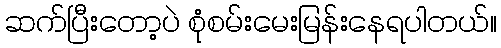
ဆက်ပြီးတော့ပဲ စုံစမ်းမေးမြန်းနေရပါတယ်။